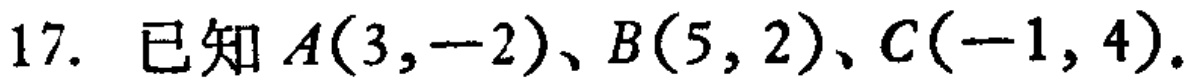
17. 已知\(A(3,-2)\)、\(B(5,2)\)、\(C(-1,4)\)。